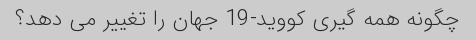
چگونه همه گیری کووید-19 جهان را تغییر می دهد؟